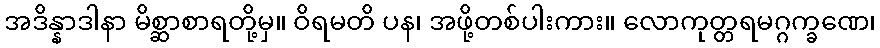
အဒိန္နာဒါနာ မိစ္ဆာစာရတို့မှ။ ဝိရမတိ ပန၊ အဖို့တစ်ပါးကား။ လောကုတ္တရမဂ္ဂက္ခဏေ၊